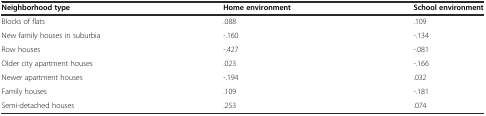
| Neighborhood type | Home environment | School environment |
 | --- | --- | --- |
 | Blocks of flats | .088 | .109 |
 | New family houses in suburbia | -.160 | -.134 |
 | Row houses | -.427 | -.081 |
 | Older city apartment houses | .023 | -.166 |
 | Newer apartment houses | -.194 | .032 |
 | Family houses | .109 | -.181 |
 | Semi-detached houses | .253 | .074 |